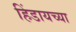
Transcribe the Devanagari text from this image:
हिंडायच्या